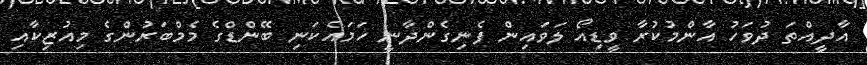
އާދީއްތަ ދުވަހު އާންމުކުރާ ވީޑިއޯ ލަވައިން ފެނިގެންދާނީ ހަމައެކަނި ބޭންޑްގެ މެމްބަރުންގެ މިއުޒިކާއި